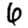
Digit: 6